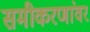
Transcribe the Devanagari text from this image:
समीकरणांवर